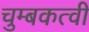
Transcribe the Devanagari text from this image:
चुम्बकत्वी